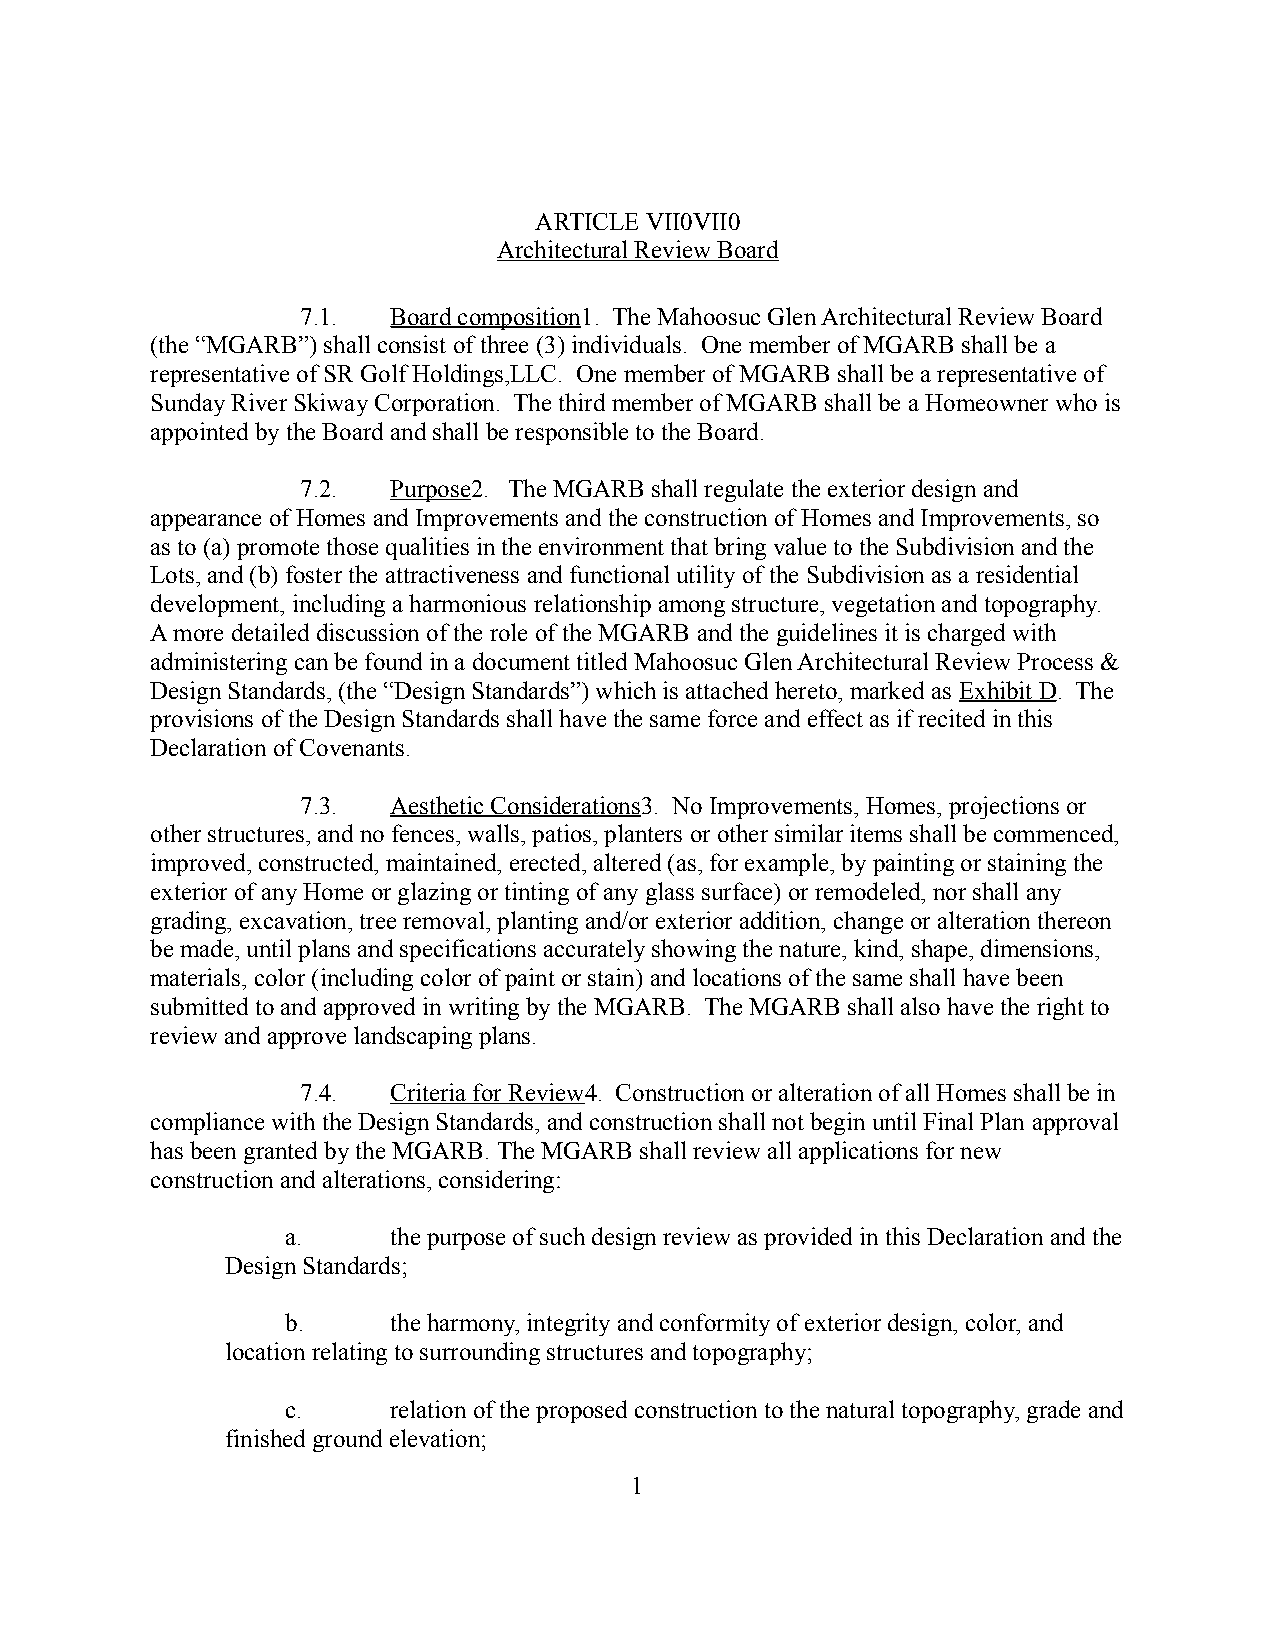
ARTICLE VII0VII0
 Architectural Review Board
 7.1.  Board composition1. The Mahoosuc Glen Architectural Review Board
 (the “MGARB”) shall consist of three (3) individuals. One member of MGARB shall be a
 representative of SR Golf Holdings,LLC. One member of MGARB shall be a representative of
 Sunday River Skiway Corporation. The third member of MGARB shall be a Homeowner who is
 appointed by the Board and shall be responsible to the Board.
 7.2.  Purpose2. The MGARB shall regulate the exterior design and
 appearance of Homes and Improvements and the construction of Homes and Improvements, so
 as to (a) promote those qualities in the environment that bring value to the Subdivision and the
 Lots, and (b) foster the attractiveness and functional utility of the Subdivision as a residential
 development, including a harmonious relationship among structure, vegetation and topography.
 A more detailed discussion of the role of the MGARB and the guidelines it is charged with
 administering can be found in a document titled Mahoosuc Glen Architectural Review Process &
 Design Standards, (the “Design Standards”) which is attached hereto, marked as Exhibit D. The
 provisions of the Design Standards shall have the same force and effect as if recited in this
 Declaration of Covenants.
 7.3.  Aesthetic Considerations3. No Improvements, Homes, projections or
 other structures, and no fences, walls, patios, planters or other similar items shall be commenced,
 improved, constructed, maintained, erected, altered (as, for example, by painting or staining the
 exterior of any Home or glazing or tinting of any glass surface) or remodeled, nor shall any
 grading, excavation, tree removal, planting and/or exterior addition, change or alteration thereon
 be made, until plans and specifications accurately showing the nature, kind, shape, dimensions,
 materials, color (including color of paint or stain) and locations of the same shall have been
 submitted to and approved in writing by the MGARB. The MGARB shall also have the right to
 review and approve landscaping plans.
 7.4.  Criteria for Review4. Construction or alteration of all Homes shall be in
 compliance with the Design Standards, and construction shall not begin until Final Plan approval
 has been granted by the MGARB. The MGARB shall review all applications for new
 construction and alterations, considering:
 a.     the purpose of such design review as provided in this Declaration and the
 Design Standards;
 b.     the harmony, integrity and conformity of exterior design, color, and
 location relating to surrounding structures and topography;
 c.     relation of the proposed construction to the natural topography, grade and
 finished ground elevation;
 1